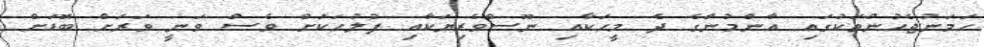
ހަމަނުޖެހުންތަކުގައި އާންމުންގެ ދެ މީހަކާއި ނޫސްވެރިޔަކާއި ފުލުހަކަށް ވެސް ވަނީ ވަރަށް ބޮޑަށް